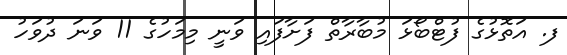
ފ. އަތޮޅުގެ ފުޓްބޯޅަ މުބާރާތް ފަށާފައި ވަނީ މިމަހުގެ 11 ވަނަ ދުވަހު